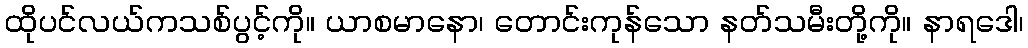
ထိုပင်လယ်ကသစ်ပွင့်ကို။ ယာစမာနော၊ တောင်းကုန်သော နတ်သမီးတို့ကို။ နာရဒေါ၊